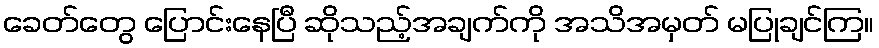
ခေတ်တွေ ပြောင်းနေပြီ ဆိုသည့်အချက်ကို အသိအမှတ် မပြုချင်ကြ။